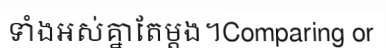
ទាំងអស់គ្នាតែម្តង។Comparing or